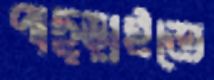
পাছ্‌ড়াইতে